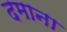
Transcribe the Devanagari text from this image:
दमाना